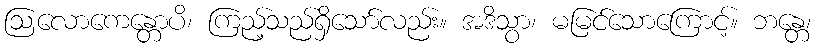
ဩလောကေန္တောပိ၊ ကြည့်သည်ရှိသော်လည်း။ အဒိသွာ၊ မမြင်သောကြောင့်။ ဘန္တေ၊